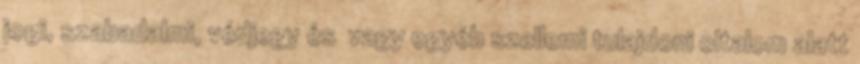
jogi, szabadalmi, védjegy és vagy egyéb szellemi tulajdoni oltalom alatt